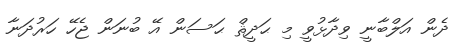
ދެން އަލްބާނީ ވިދާޅުވީ މި ޙަދީޘް ޙަސަން އޭ ބުނަން ޖެހޭ ހަރުދަނާ